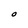
Character: O